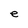
Character: e